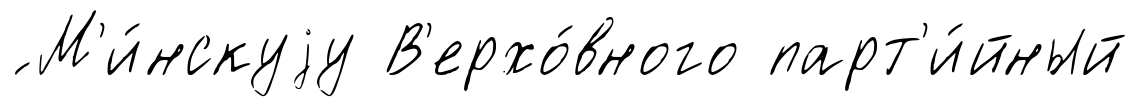
́ М'и́нскуjу В'ерхо́вного парт'и́йный